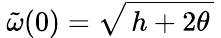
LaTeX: \: \tilde{\omega}(0)=\sqrt{\, h+2\theta\, }\: